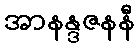
အာနန္ဒဇနနီ